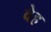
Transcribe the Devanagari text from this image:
वेह